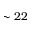
\sim 2 2